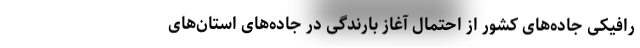
رافیکی جاده‌های کشور از احتمال آغاز بارندگی در جاده‌های استان‌های